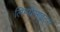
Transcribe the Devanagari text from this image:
लिम्पोसाइट्स